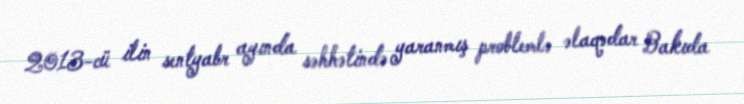
2013-cü ilin sentyabr ayında səhhətində yaranmış problemlə əlaqədar Bakıda